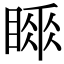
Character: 𥉚